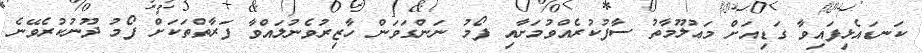
ކަނޑައެޅިފައިވާ ގަޑިއަށް މަޢުލޫމާތު ސާފުކުރެއްވުމަށާއި ފޯމު ނަންގަވަން ހާޒިރުވެނުލައްވާ ފަރާތްތަކަށް ފޯމު ދޫނުކުރެވޭނެ